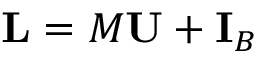
\mathbf { L } = M \mathbf { U } + \mathbf { I } _ { B }